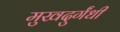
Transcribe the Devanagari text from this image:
मुखदुर्गंधी